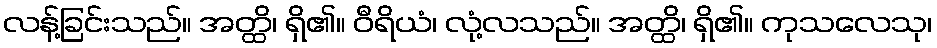
လန့်ခြင်းသည်။ အတ္ထိ၊ ရှိ၏။ ဝီရိယံ၊ လုံ့လသည်။ အတ္ထိ၊ ရှိ၏။ ကုသလေသု၊